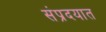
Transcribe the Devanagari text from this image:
संप्रदयात